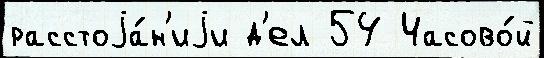
расстоjа́н'иjи д'ел 54 Часово́й